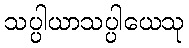
သပ္ပါယာသပ္ပါယေသု